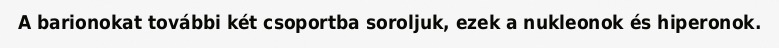
A barionokat további két csoportba soroljuk, ezek a nukleonok és hiperonok.